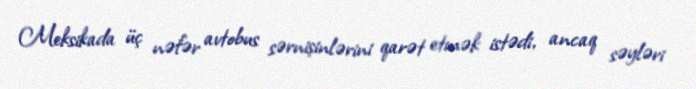
Meksikada üç nəfər avtobus sərnişinlərini qarət etmək istədi, ancaq səyləri